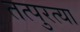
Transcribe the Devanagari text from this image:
तत्पुरत्या